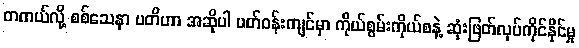
တကယ်လို့ စစ်သေနာ ပတိဟာ အဆိုပါ ပတ်ဝန်းကျင်မှာ ကိုယ်စွမ်းကိုယ်စနဲ့ ဆုံးဖြတ်လုပ်ကိုင်နိုင်မှု